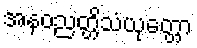
အနဝညတ္တိသံယုတ္တော